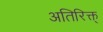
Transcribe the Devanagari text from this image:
अतिरिक्त्